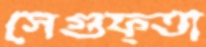
সেগুফ্তা